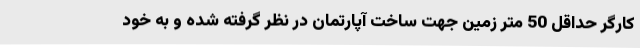
کارگر حداقل 50 متر زمین جهت ساخت آپارتمان در نظر گرفته شده و به خود